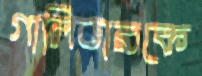
গালিভারকে